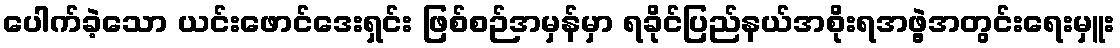
ပေါက်ခဲ့သော ယင်းဖောင်ဒေးရှင်း ဖြစ်စဉ်အမှန်မှာ ရခိုင်ပြည်နယ်အစိုးရအဖွဲ့အတွင်းရေးမှူး